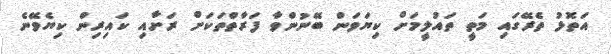
އަތޮޅު ތެރޭގައި މަތީ ތައުލީމަށް ކިޔަވަން ބޭނުންވާ ފަރާތްތަކަށް ރަށާއި ކައިރިން ކިޔެވޭނެ